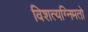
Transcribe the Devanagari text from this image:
विशत्यग्निमतो